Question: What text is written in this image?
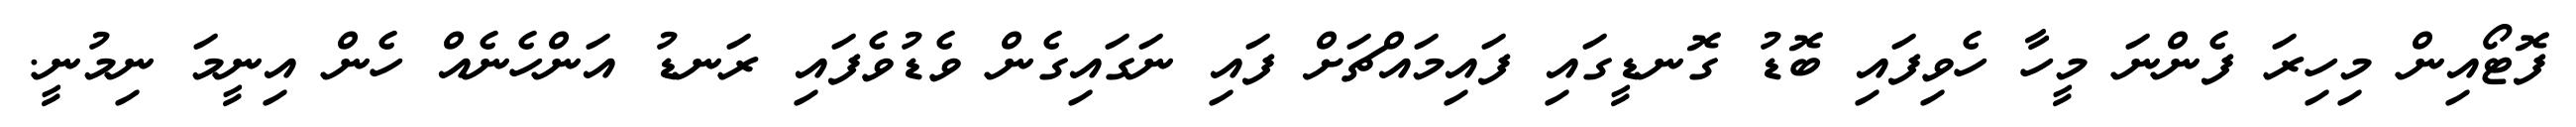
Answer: ފޮޓޯއިން މިހިރަ ފެންނަ މީހާ ހެވިފައި ބޮޑު ގޮނޑީގައި ފައިމައްޗަށް ފައި ނަގައިގެން ވެޑުވެފައި ރަނޑު އަންހެނެއް ހެން އިނީމަ ނިމުނީ.